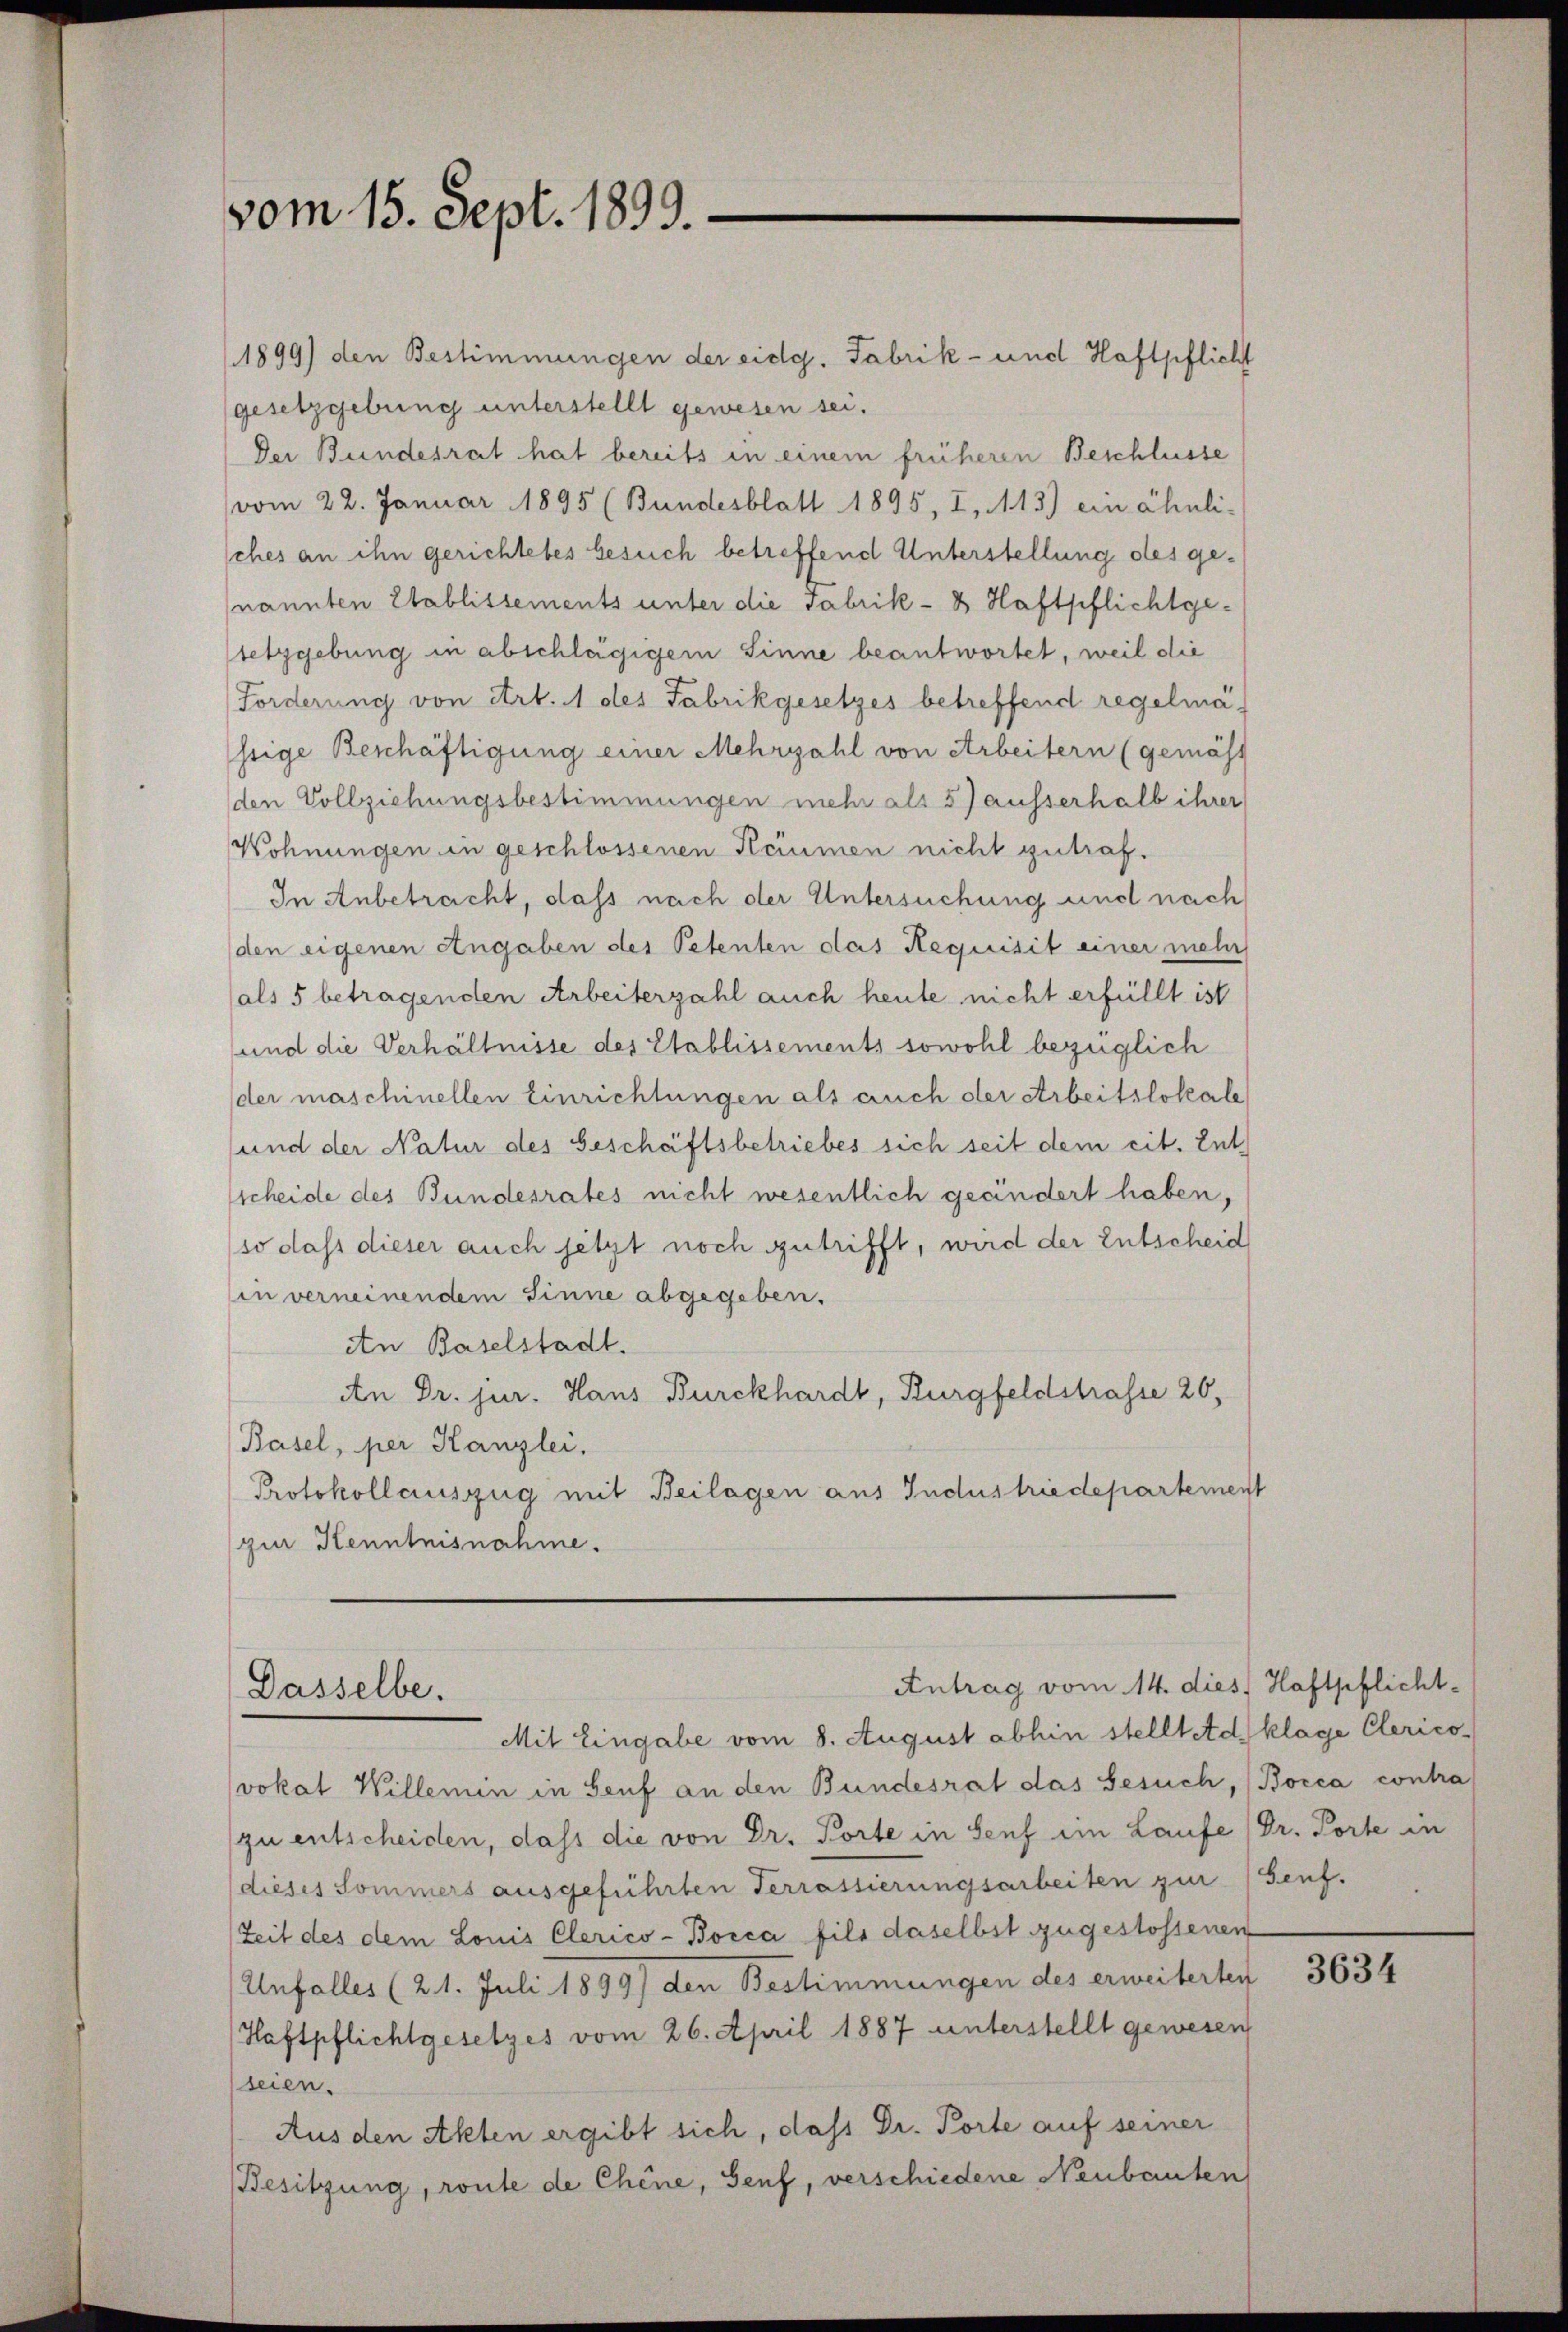
vom 15. Sept. 1899.

1899) den Bestimmungen der eidg. Fabrik- und Haftpflicht
gesetzgebung unterstellt gewesen sei.
Der Bundesrat hat bereits in einem früheren Beschlüsse
vom 22. Januar 1895 (Bundesblatt 1895, I, 113) ein Chuli-
sches an ihn gerichtetes besuch betreffend Unterstellung des genannten Etablissements unter die Fabrik- & Haftpflichtgesetzgebung in abschlägigem Sinne beantwortet, weil die
Forderung von Art. 1 des Fabrikgesetzes betreffend regelmä-
ssige Beschäftigung einer Mehrzahl von Arbeitern (gemäss
den Vollziehungsbestimmungen mehr als 5) ausserhalb ihrer
Wohnungen in geschlossenen Räumen nicht getraf¬
In Anbetracht, dass nach der Untersuchung und nach
(den eigenen Angaben der Petenten das Requisit einer mehr
(als 5 betragenden Arbeiterzahl auch heute nicht erfüllt ist
und die Verhältnisse des Etablissements sowohl bezüglich
der maschinellen Einrichtungen als auch der Arbeitslokale
und der Natur des Geschäftsbetriebes sich seit dem cit. Entscheide des Bundesrates nicht wesentlich geändert haben,
so dass dieser auch jetzt noch getrifft, wird der Entscheid
in verneinendem Sinne abgegeben.
An Baselstadt.
An Dr. jur. Haus Burckhardt, Burgfeldstrasse 26,
Basel, per Kanzlei.
Protokollauszug mit Beilagen aus Industriedepartement
zur Kenntnisnahme.

Antrag vom 14. dies Haftpflicht-
Dasselbe.
Mit Eingabe vom 8. August abhin stelltet d. klage Clerico¬

vokat Willemin in Senf an den Bundesrat das Gesuch, (Bocca contra
zu entscheiden, dass die von Dr. Porte in Senf ein Laufe (Dr. Porte in
dieses Sommers ausgeführten Terrassierungsarbeiten zur Senf.
Zeit des dem Louis Clerico-Bosca fils daselbst zugestossenen
Unfalles (21. Juli 1899) den Bestimmungen des erweiterten
Haftpflichtgesetzes vom 26. April 1887 unterstellt gewesen
seien.
Aus den Akten ergibt sich, daß Dr. Porte auf seiner
Besitzung, route de Chine, Senf, verschiedene Neubauten

3634